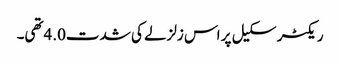
ریکٹر سکیل پر اس زلزلے کی شدت4.0تھی۔